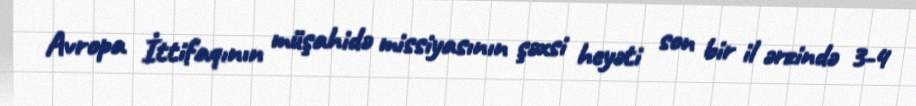
Avropa İttifaqının müşahidə missiyasının şəxsi heyəti son bir il ərzində 3-4